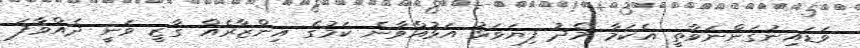
ވަޑައިނުގަންނަވާތީ އެކަމާ މެދު ފިޔަވަޅު އަޅުއްވާނެ ކަމުގެ އިންޒާރެއް ގާޒީ ވަނީ ދެއްވާފަ